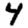
Digit: 4